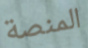
المنصة